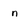
Character: n